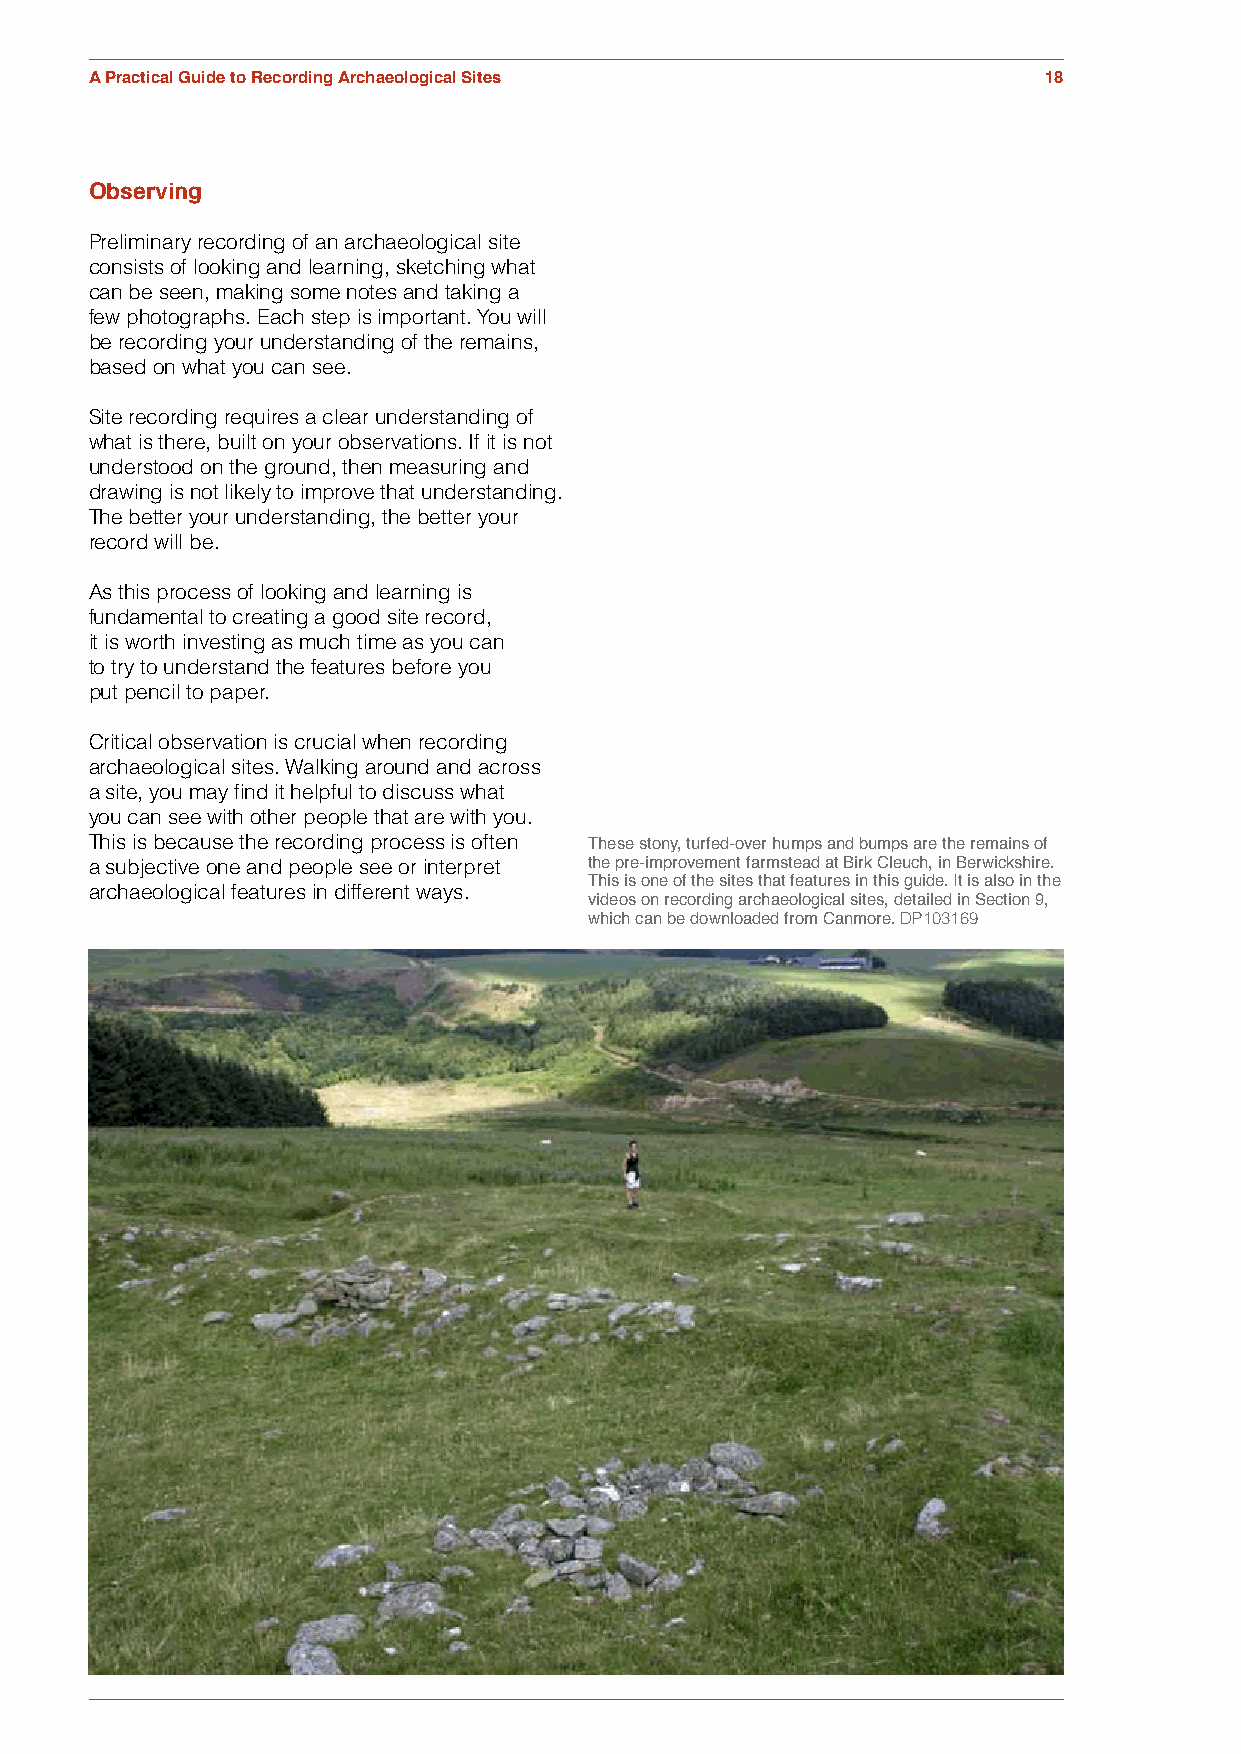
Figure 3.3
 A Practical Guide to Recording Archaeological Sites            18
 Observing
 Preliminary recording of an archaeological site
 consists of looking and learning, sketching what
 can be seen, making some notes and taking a
 few photographs. Each step is important. You will
 be recording your understanding of the remains,
 based on what you can see.
 Site recording requires a clear understanding of
 what is there, built on your observations. If it is not
 understood on the ground, then measuring and
 drawing is not likely to improve that understanding.
 The better your understanding, the better your
 record will be.
 As this process of looking and learning is
 fundamental to creating a good site record,
 it is worth investing as much time as you can
 to try to understand the features before you
 put pencil to paper.
 Critical observation is crucial when recording
 archaeological sites. Walking around and across
 a site, you may find it helpful to discuss what
 you can see with other people that are with you.
 This is because the recording process is often
 These stony, turfed-over humps and bumps are the remains of
 a subjective one and people see or interpret the pre-improvement farmstead at Birk Cleuch, in Berwickshire.
 archaeological features in different ways. This is one of the sites that features in this guide. It is also in the
 videos on recording archaeological sites, detailed in Section 9,
 which can be downloaded from Canmore. DP103169